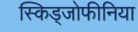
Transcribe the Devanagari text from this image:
स्किड्जोफीनिया